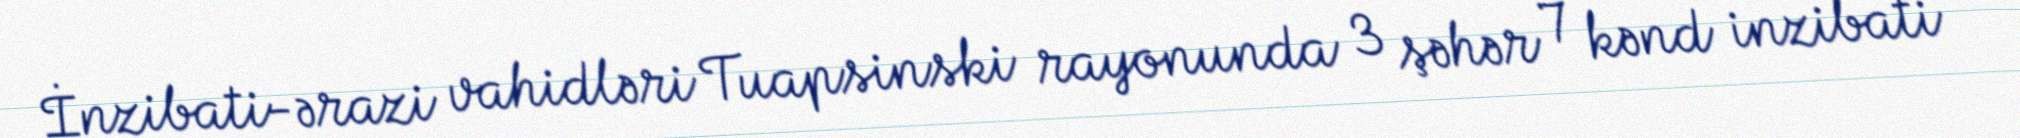
İnzibati-ərazi vahidləri Tuapsinski rayonunda 3 şəhər 7 kənd inzibati